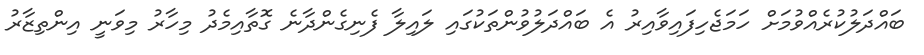
ބައްދަލުކުރެއްވުމަށް ހަމަޖެހިފައިވާއިރު އެ ބައްދަލުވުންތަކުގައި ލައިލާ ފެނިގެންދާނެ ގޮތާއިމެދު މިހާރު މިވަނީ އިންތިޒާރު